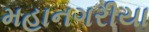
મહાનગરીયા